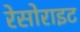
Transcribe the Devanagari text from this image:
रेसोराइट